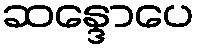
ဆန္ဒောပေ